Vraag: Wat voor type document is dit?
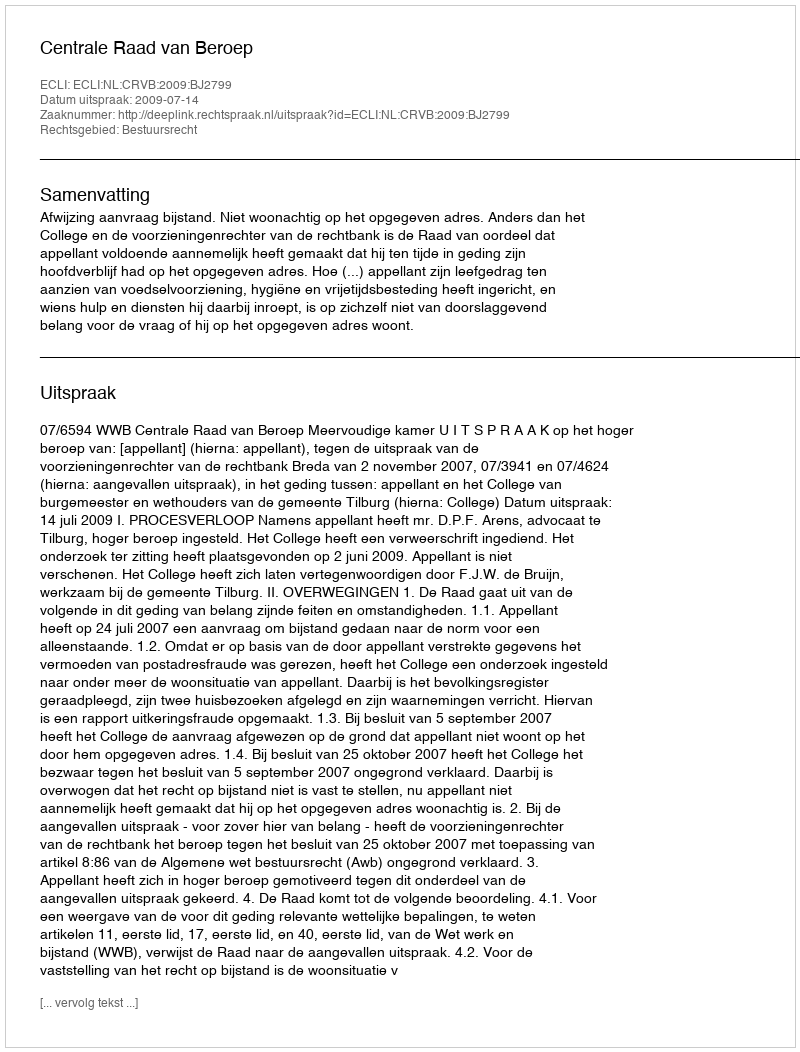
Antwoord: Uitspraak